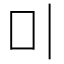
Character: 𠮝